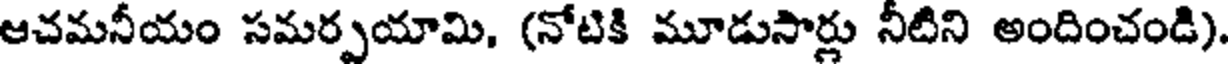
ఆచమనీయం సమర్పయామి, (నోటికి మూడుసార్లు నీటిని అందించండి)